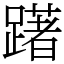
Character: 躇